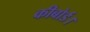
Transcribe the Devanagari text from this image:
कीबोर्ड।